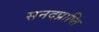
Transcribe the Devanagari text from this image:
सनदप्राप्ति